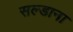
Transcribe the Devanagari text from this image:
सल्डाना